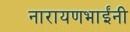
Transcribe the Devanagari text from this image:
नारायणभाईंनी